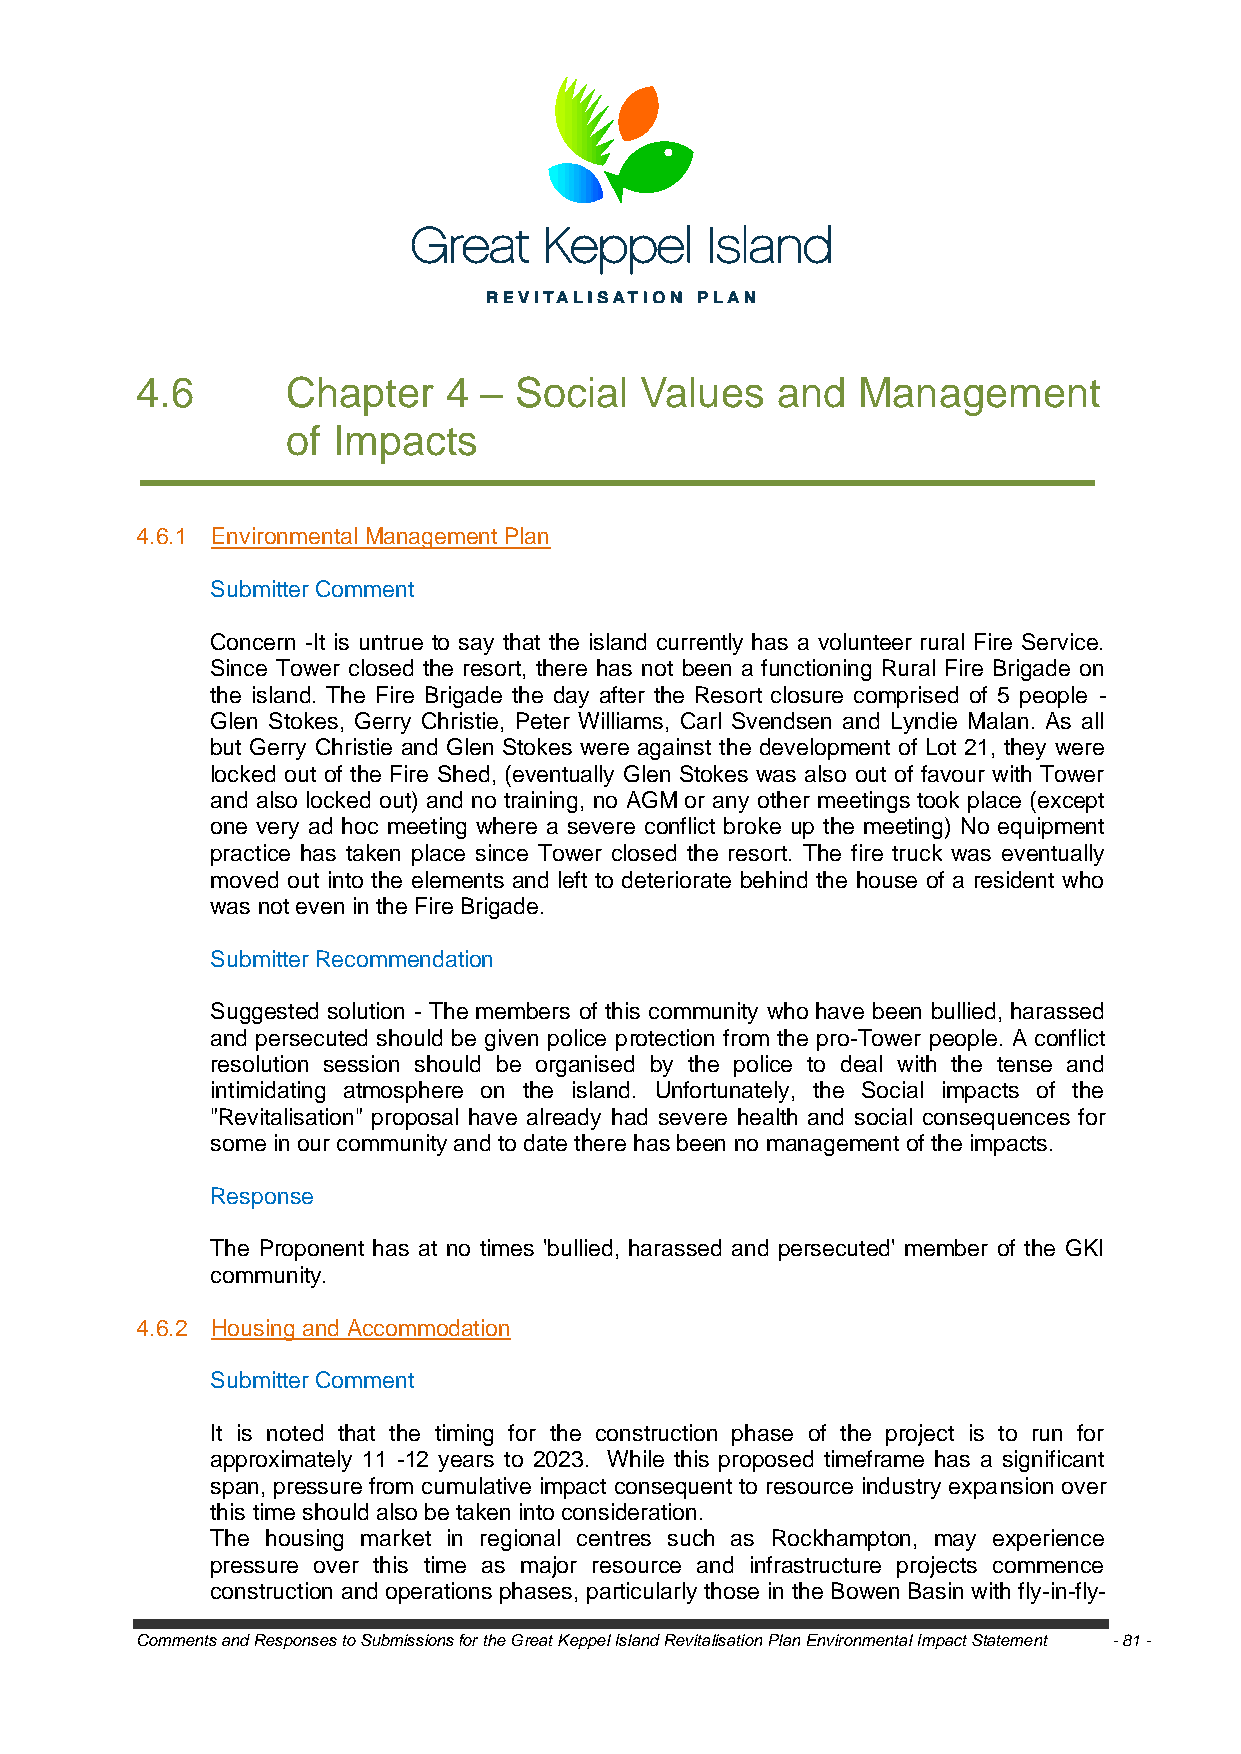
4.6       Chapter   4  – Social  Values   and   Management
 of Impacts
 4.6.1 Environmental Management Plan
 Submitter Comment
 Concern -It is untrue to say that the island currently has a volunteer rural Fire Service.
 Since Tower closed the resort, there has not been a functioning Rural Fire Brigade on
 the island. The Fire Brigade the day after the Resort closure comprised of 5 people -
 Glen Stokes, Gerry Christie, Peter Williams, Carl Svendsen and Lyndie Malan. As all
 but Gerry Christie and Glen Stokes were against the development of Lot 21, they were
 locked out of the Fire Shed, (eventually Glen Stokes was also out of favour with Tower
 and also locked out) and no training, no AGM or any other meetings took place (except
 one very ad hoc meeting where a severe conflict broke up the meeting) No equipment
 practice has taken place since Tower closed the resort. The fire truck was eventually
 moved out into the elements and left to deteriorate behind the house of a resident who
 was not even in the Fire Brigade.
 Submitter Recommendation
 Suggested solution - The members of this community who have been bullied, harassed
 and persecuted should be given police protection from the pro-Tower people. A conflict
 resolution session should be organised by the police to deal with the tense and
 intimidating atmosphere on the island. Unfortunately, the Social impacts of the
 "Revitalisation" proposal have already had severe health and social consequences for
 some in our community and to date there has been no management of the impacts.
 Response
 The Proponent has at no times 'bullied, harassed and persecuted' member of the GKI
 community.
 4.6.2 Housing and Accommodation
 Submitter Comment
 It is noted that the timing for the construction phase of the project is to run for
 approximately 11 -12 years to 2023. While this proposed timeframe has a significant
 span, pressure from cumulative impact consequent to resource industry expansion over
 this time should also be taken into consideration.
 The housing market in regional centres such as Rockhampton, may experience
 pressure over this time as major resource and infrastructure projects commence
 construction and operations phases, particularly those in the Bowen Basin with fly-in-fly-
 Comments and Responses to Submissions for the Great Keppel Island Revitalisation Plan Environmental Impact Statement - 81 -